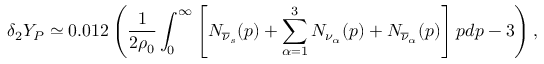
\delta _ { 2 } Y _ { P } \simeq 0 . 0 1 2 \left( { \frac { 1 } { 2 \rho _ { 0 } } } \int _ { 0 } ^ { \infty } \left[ N _ { \overline { { \nu } } _ { s } } ( p ) + \sum _ { \alpha = 1 } ^ { 3 } N _ { \nu _ { \alpha } } ( p ) + N _ { \overline { { \nu } } _ { \alpha } } ( p ) \right] p d p - 3 \right) ,